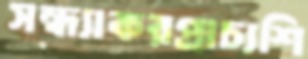
সন্ধ্যাকরপ্রাচ্যশি